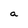
Character: a